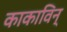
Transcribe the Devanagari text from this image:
काकाविन्